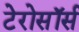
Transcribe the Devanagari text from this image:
टेरोसॉर्स